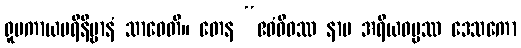
ရူပကာယပရိနိဗ္ဗာနံ သာဓေတိ။ တေန “ဧဝံဝိဓဿ နာမ အရိယဓမ္မဿ ဒေသကော